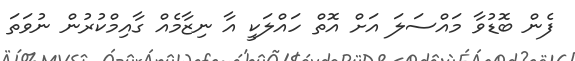
ފެން ބޮޑުވާ މައްސަލަ އަށް އޮތް ހައްލަކީ އާ ނިޒާމެއް ގާއިމްކުރުން ނުވަތަ